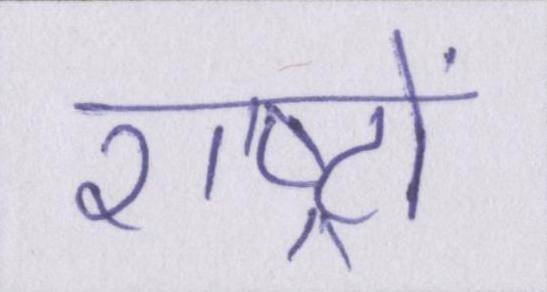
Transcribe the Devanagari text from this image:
राष्ट्रों